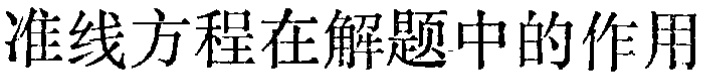
准线方程在解题中的作用